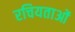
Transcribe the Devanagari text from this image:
रचियताओं